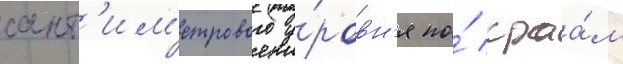
сант'им'етрового у́ровн'я по́ краа́м